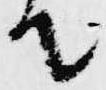
て